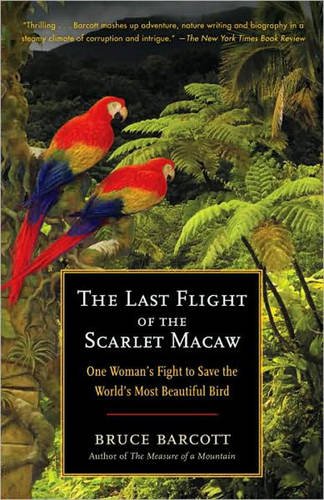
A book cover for The Last Flight of the Scarlet Macaw: One Woman's Fight to Save the World's Most Beautiful Bird; Bruce Barcott; Science & Math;